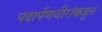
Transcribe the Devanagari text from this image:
पदार्पणवीरांकडून